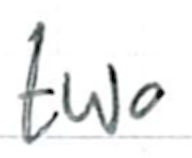
Text: two
Cross-out: clean
Writing tool: ballpoint